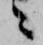
ニ